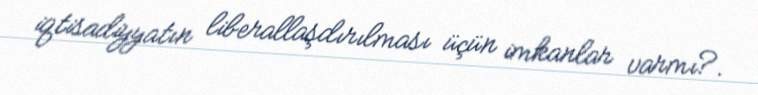
iqtisadiyyatın liberallaşdırılması üçün imkanlar varmı?.